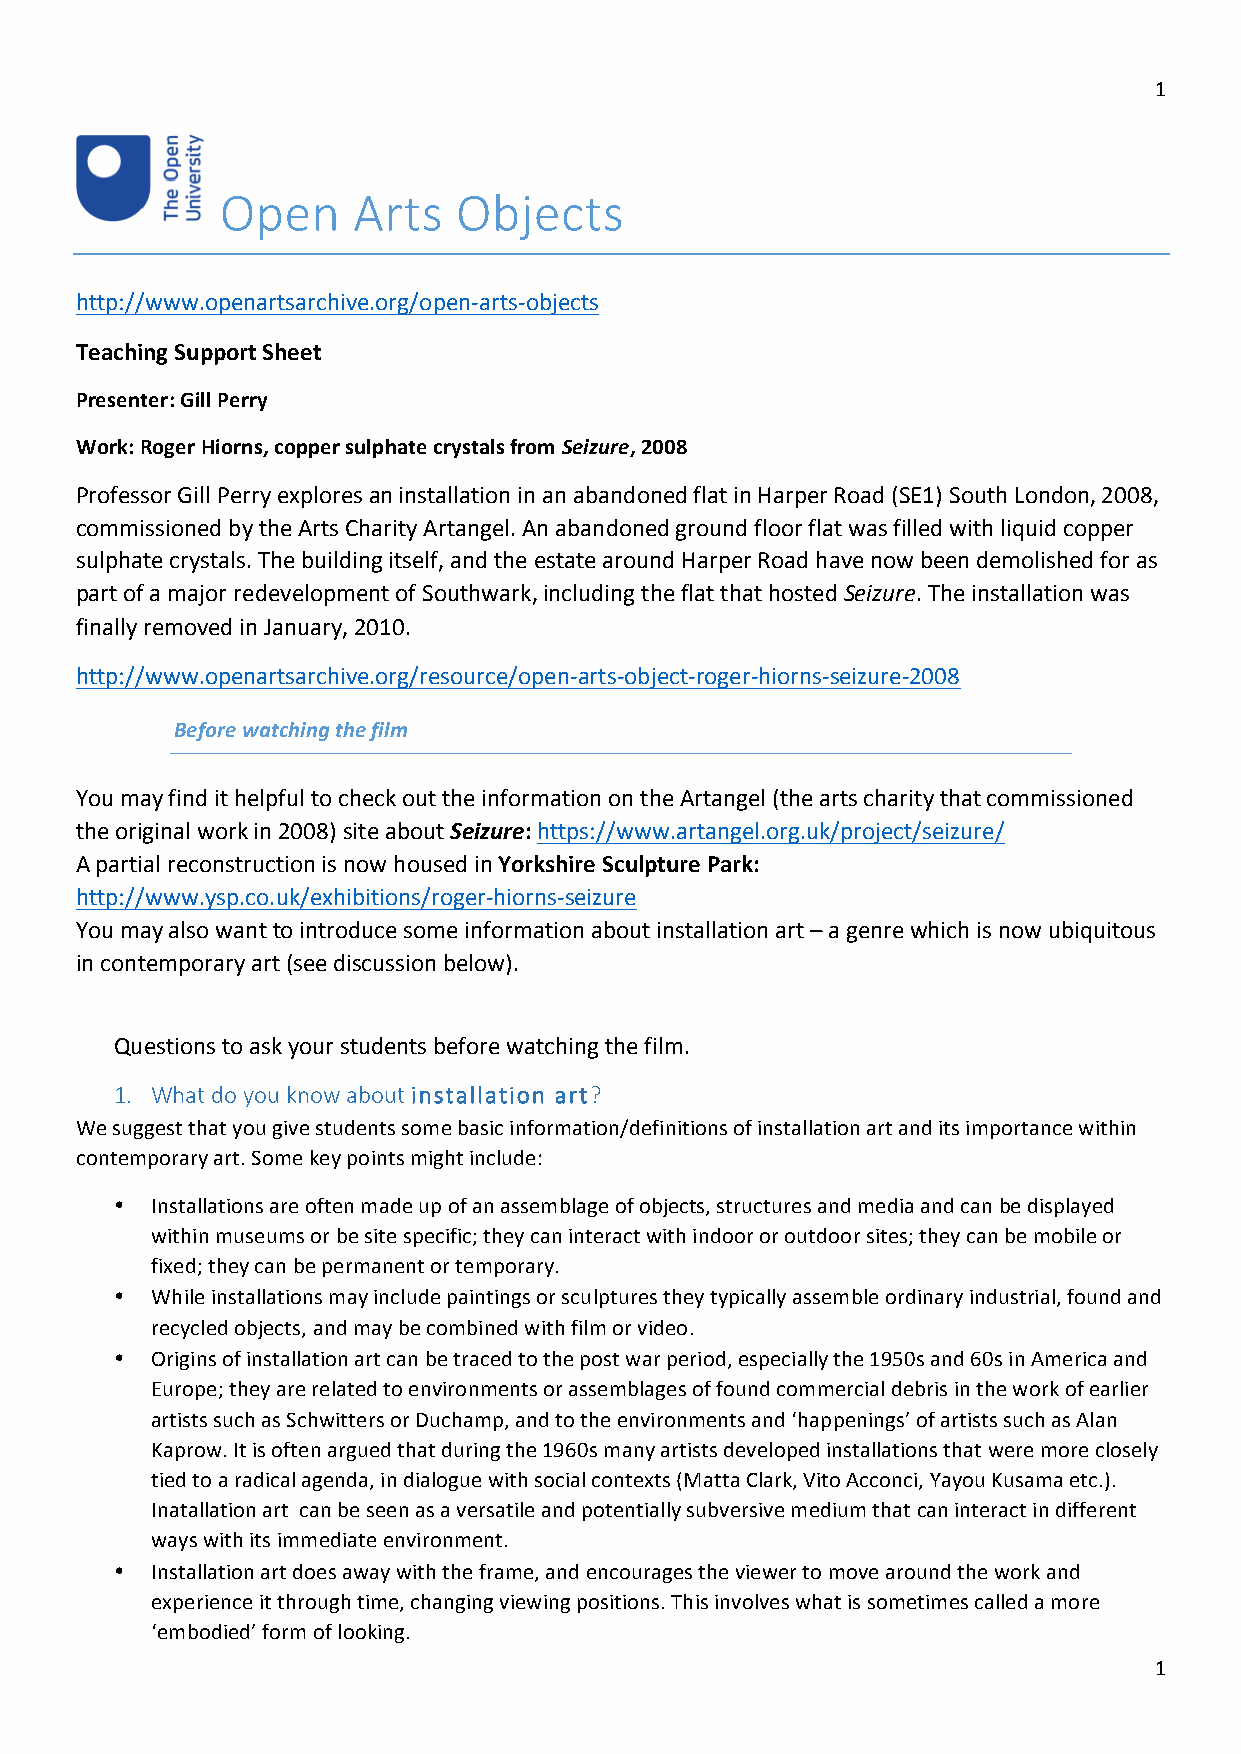
1
 Open    Arts   Objects
 http://www.openartsarchive.org/open-arts-objects
 Teaching Support Sheet
 Presenter: Gill Perry
 Work: Roger Hiorns, copper sulphate crystals from Seizure, 2008
 Professor Gill Perry explores an installation in an abandoned flat in Harper Road (SE1) South London, 2008,
 commissioned by the Arts Charity Artangel. An abandoned ground floor flat was filled with liquid copper
 sulphate crystals. The building itself, and the estate around Harper Road have now been demolished for as
 part of a major redevelopment of Southwark, including the flat that hosted Seizure. The installation was
 finally removed in January, 2010.
 http://www.openartsarchive.org/resource/open-arts-object-roger-hiorns-seizure-2008
 Before watching the film
 You may find it helpful to check out the information on the Artangel (the arts charity that commissioned
 the original work in 2008) site about Seizure: https://www.artangel.org.uk/project/seizure/
 A partial reconstruction is now housed in Yorkshire Sculpture Park:
 http://www.ysp.co.uk/exhibitions/roger-hiorns-seizure
 You may also want to introduce some information about installation art – a genre which is now ubiquitous
 in contemporary art (see discussion below).
 Questions to ask your students before watching the film.
 1. What do you know about installation art?
 We suggest that you give students some basic information/definitions of installation art and its importance within
 contemporary art. Some key points might include:
 • Installations are often made up of an assemblage of objects, structures and media and can be displayed
 within museums or be site specific; they can interact with indoor or outdoor sites; they can be mobile or
 fixed; they can be permanent or temporary.
 • While installations may include paintings or sculptures they typically assemble ordinary industrial, found and
 recycled objects, and may be combined with film or video.
 • Origins of installation art can be traced to the post war period, especially the 1950s and 60s in America and
 Europe; they are related to environments or assemblages of found commercial debris in the work of earlier
 artists such as Schwitters or Duchamp, and to the environments and ‘happenings’ of artists such as Alan
 Kaprow. It is often argued that during the 1960s many artists developed installations that were more closely
 tied to a radical agenda, in dialogue with social contexts (Matta Clark, Vito Acconci, Yayou Kusama etc.).
 Inatallation art can be seen as a versatile and potentially subversive medium that can interact in different
 ways with its immediate environment.
 • Installation art does away with the frame, and encourages the viewer to move around the work and
 experience it through time, changing viewing positions. This involves what is sometimes called a more
 ‘embodied’ form of looking.
 1